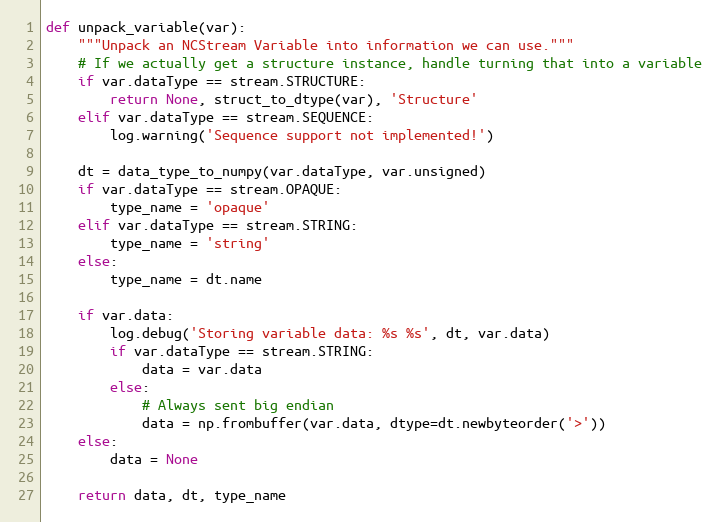
Language: Python
def unpack_variable(var):
    """Unpack an NCStream Variable into information we can use."""
    # If we actually get a structure instance, handle turning that into a variable
    if var.dataType == stream.STRUCTURE:
        return None, struct_to_dtype(var), 'Structure'
    elif var.dataType == stream.SEQUENCE:
        log.warning('Sequence support not implemented!')

    dt = data_type_to_numpy(var.dataType, var.unsigned)
    if var.dataType == stream.OPAQUE:
        type_name = 'opaque'
    elif var.dataType == stream.STRING:
        type_name = 'string'
    else:
        type_name = dt.name

    if var.data:
        log.debug('Storing variable data: %s %s', dt, var.data)
        if var.dataType == stream.STRING:
            data = var.data
        else:
            # Always sent big endian
            data = np.frombuffer(var.data, dtype=dt.newbyteorder('>'))
    else:
        data = None

    return data, dt, type_name